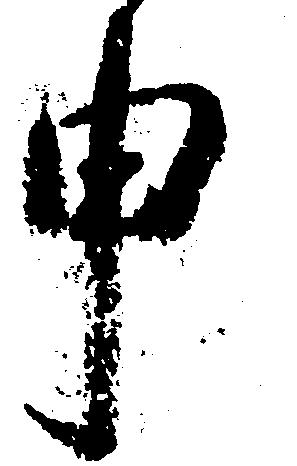
申